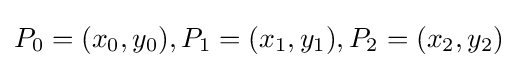
P_{0}=(x_{0},y_{0}),P_{1}=(x_{1},y_{1}),P_{2}=(x_{2},y_{2})